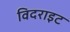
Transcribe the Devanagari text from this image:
विदराइट